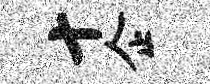
十企